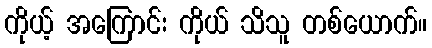
ကိုယ့် အကြောင်း ကိုယ် သိသူ တစ်ယောက်။